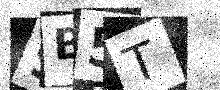
Text: 9B5T